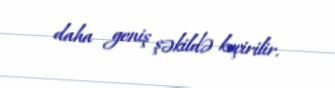
daha geniş şəkildə keçirilir.